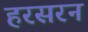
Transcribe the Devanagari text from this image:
हरसरन